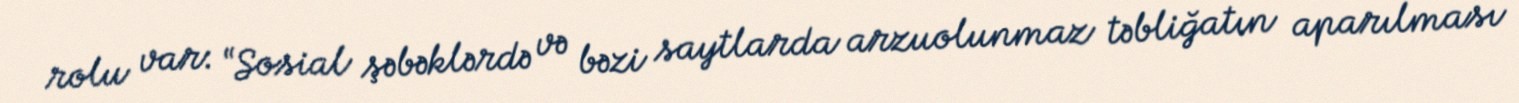
rolu var: “Sosial şəbəklərdə və bəzi saytlarda arzuolunmaz təbliğatın aparılması